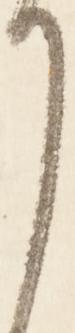
り